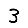
Digit: 3